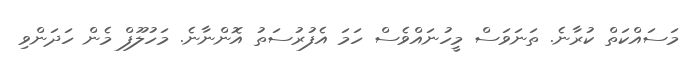
މަސައްކަތް ކުރާނެ. ތަނަވަސް މީހުނައްވެސް ހަމަ އެފުރުސަތު އޮންނާނެ. މަހުލޫފް މެން ހަދަންވި